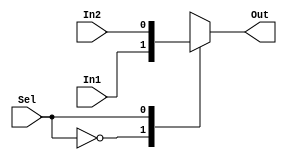
//////////////////////////////////////////////////////////////////////////////////
// Dexter Elmendorf
// Class:
// ECE 483 Lab #1
//
//
// 2 to 1 multiplexer for ALU
//////////////////////////////////////////////////////////////////////////////////
module Mult2to1 (In1, In2, Sel, Out);
  input  In1, In2;
  input  Sel;
  output reg  Out;

  always @(In1, In2, Sel)
    case(Sel)
      0: Out <= In1;
      1: Out <= In2;
    endcase
endmodule